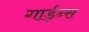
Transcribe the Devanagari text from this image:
गार्ड़न्स